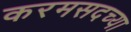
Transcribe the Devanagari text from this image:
करमसदच्या